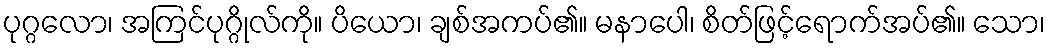
ပုဂ္ဂလော၊ အကြင်ပုဂ္ဂိုလ်ကို။ ပိယော၊ ချစ်အကပ်၏။ မနာပေါ၊ စိတ်ဖြင့်ရောက်အပ်၏။ သော၊